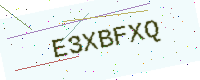
Text: E3XBFXQ